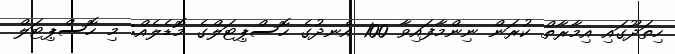
ހިތަދޫގައި އިމާރާތް ކުރަން ނިންމާފައިވާ 100 އެނދުގެ ހޮސްޕިޓަލްގެ މޮޑެލެއް: މި ހޮސްޕިޓަލް